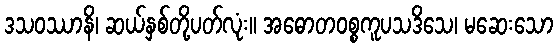
ဒသဝဿာနိ၊ ဆယ်နှစ်တို့ပတ်လုံး။ အဓောတဝစ္စကူပသဒိသေ၊ မဆေးသော